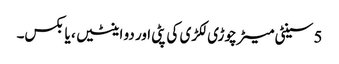
5 سینٹی میٹر چوڑی لکڑی کی پٹی اور دو اینٹیں ، یا بکس۔